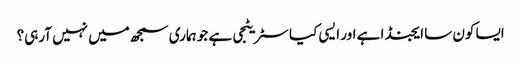
ایسا کون سا ایجنڈا ہے اور ایسی کیا سٹریٹجی ہے جو ہماری سمجھ میں نہیں آرہی؟